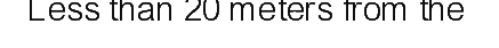
Less than 20 meters from the